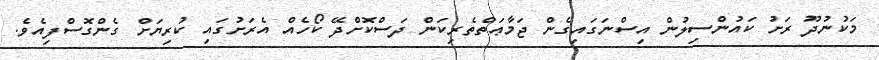
މަކުނުދޫ ރަށު ކައުންސިލުން އިސްނަގައިގެން ޖަމާޢަތްތެރިކަން ދަސްކޮށްދޭ ކޯހެއް އެރަށުގައި ކުރިޔަށް ގެންގޮސްފިއެވެ.